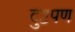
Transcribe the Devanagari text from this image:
दुष्टपण